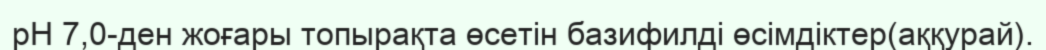
рН 7,0-ден жоғары топырақта өсетін базифилді өсімдіктер(аққурай).